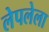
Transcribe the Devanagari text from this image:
लेपलेला